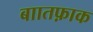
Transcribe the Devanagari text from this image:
बाातफ़ाक